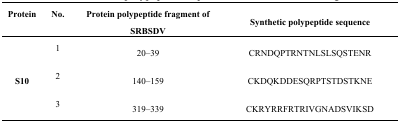
| Protein | No. | Protein polypeptide fragment of SRBSDV | Synthetic polypeptide sequence |
 | --- | --- | --- | --- |
 | <ROWSPAN=3> S10 | 1 | 20–39 | CRNDQPTRNTNLSLSQSTENR |
 | 2 | 140–159 | CKDQKDDESQRPTSTDSTKNE |
 | 3 | 319–339 | CKRYRRFRTRIVGNADSVIKSD |